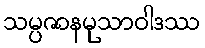
သမ္ပဇာနမုသာဝါဒဿ